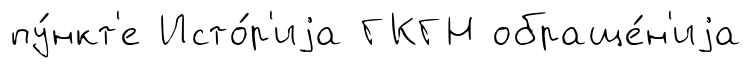
пу́нкт'е Исто́р'иjа ГКГН обраще́н'иjа